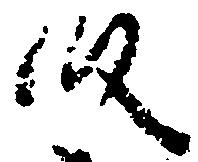
段